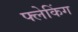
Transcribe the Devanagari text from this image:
फ्लेकिंग